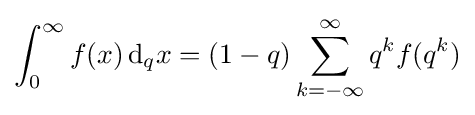
\int _{0}^{\infty }f(x)\,{\rm {d}}_{q}x=(1-q)\sum _{k=-\infty }^{\infty }q^{k}f(q^{k})